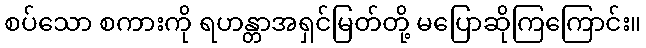
စပ်သော စကားကို ရဟန္တာအရှင်မြတ်တို့ မပြောဆိုကြကြောင်း။